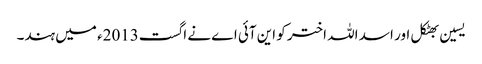
یسین بھٹکل اور اسد اللہ اختر کو این آئی اے نے اگست2013ء میں ہند۔